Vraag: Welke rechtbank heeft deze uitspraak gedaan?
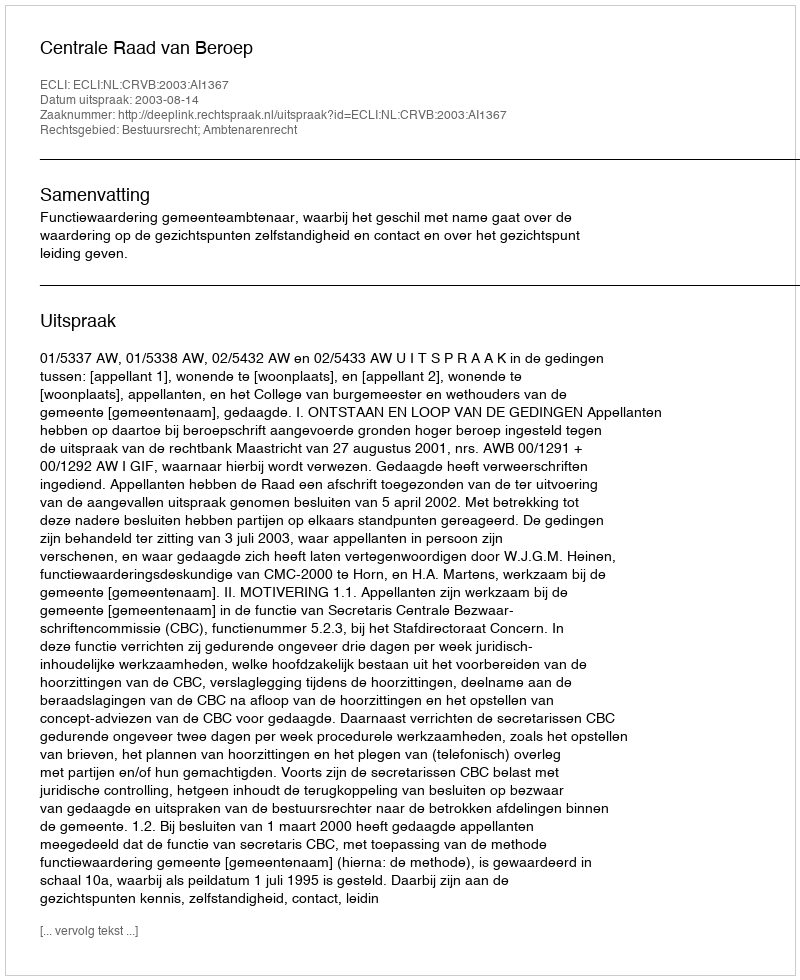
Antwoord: Centrale Raad van Beroep